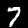
Label: 7